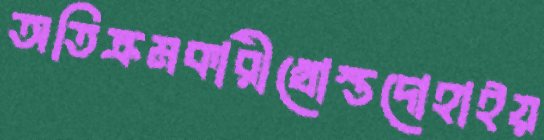
অতিক্রমকারীখোস্তদোহাইয়